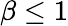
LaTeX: \beta\leq 1